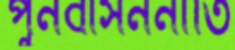
পুনর্বাসননীতি